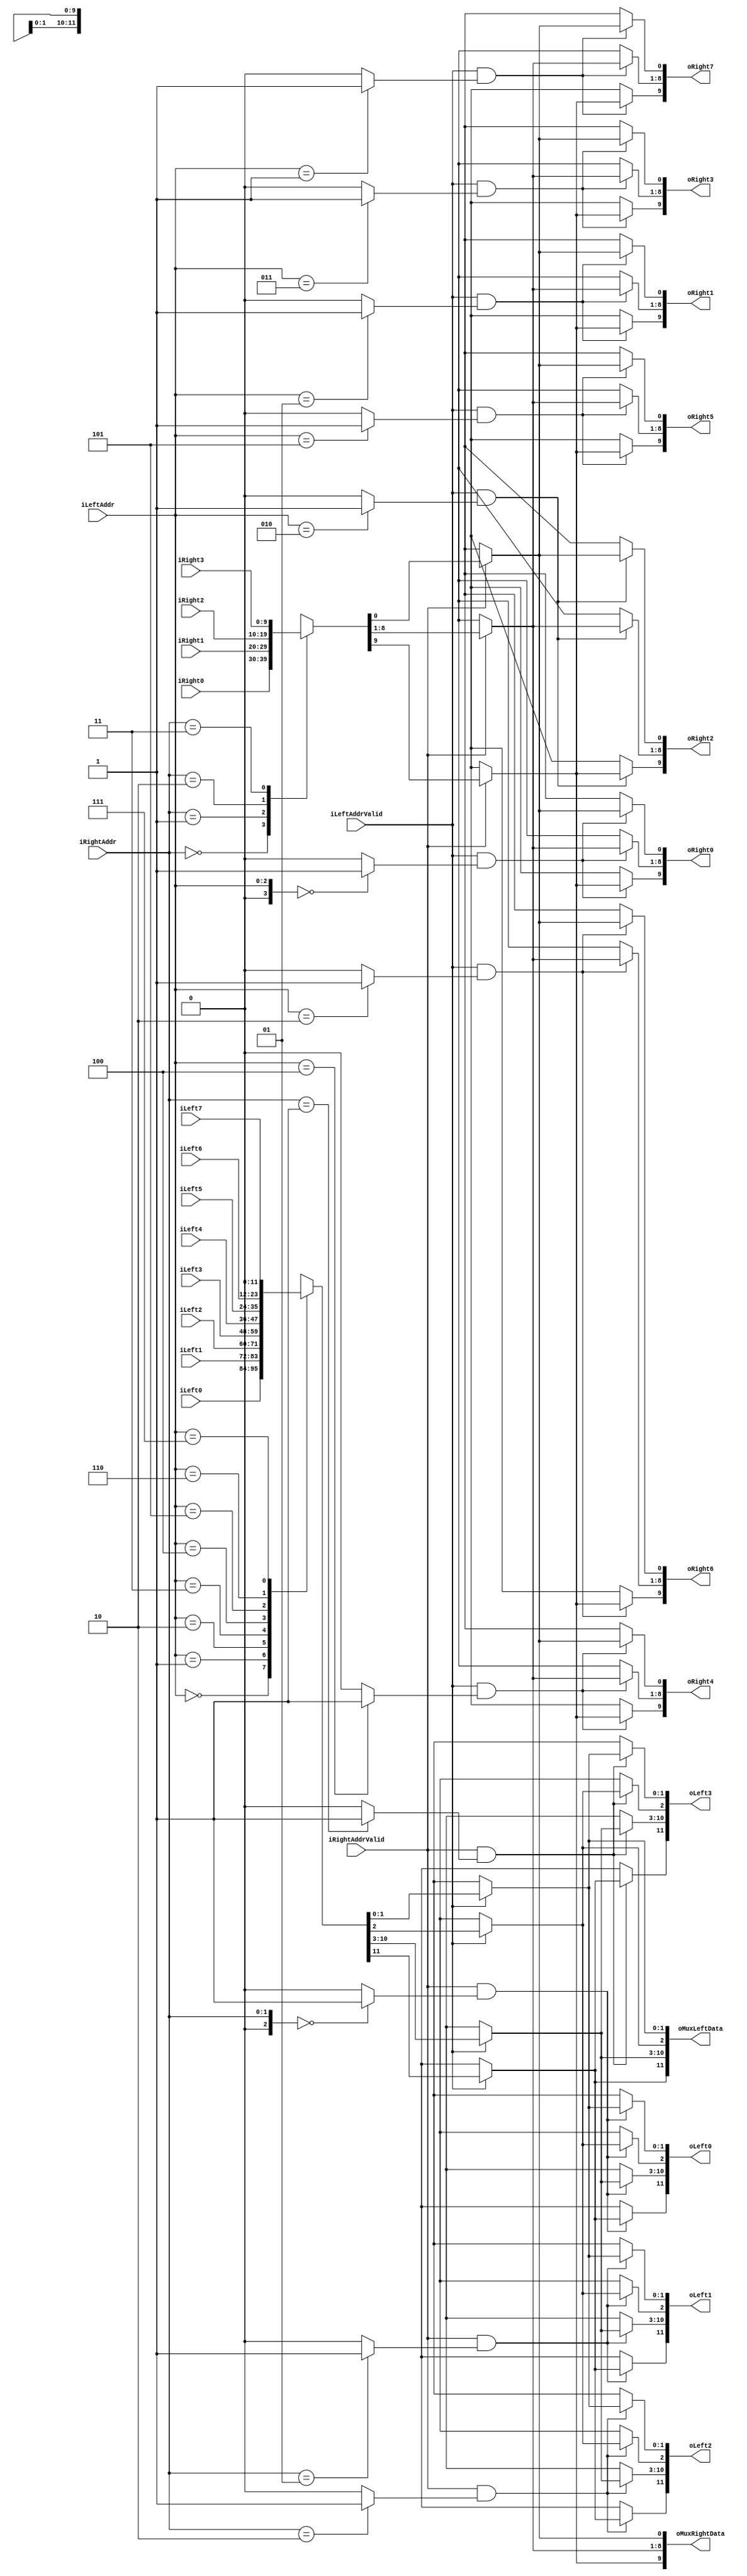
`timescale 1ns/1ps
`default_nettype none
// PLEASE READ THIS, IT MAY SAVE YOU SOME TIME AND MONEY, THANK YOU!
// * This file was generated by Quokka FPGA Toolkit.
// * Generated code is your property, do whatever you want with it
// * Place custom code between [BEGIN USER ***] and [END USER ***].
// * CAUTION: All code outside of [USER] scope is subject to regeneration.
// * Bad things happen sometimes in developer's life,
//   it is recommended to use source control management software (e.g. git, bzr etc) to keep your custom code safe'n'sound.
// * Internal structure of code is subject to change.
//   You can use some of signals in custom code, but most likely they will not exist in future (e.g. will get shorter or gone completely)
// * Please send your feedback, comments, improvement ideas etc. to evmuryshkin@gmail.com
// * Visit https://github.com/EvgenyMuryshkin/QuokkaEvaluation to access latest version of playground
//
// DISCLAIMER:
//   Code comes AS-IS, it is your responsibility to make sure it is working as expected
//   no responsibility will be taken for any loss or damage caused by use of Quokka toolkit.
//
// System configuration name is AXILikeInteconnectModule_TopLevel_DuplexMux, clock frequency is 1Hz, Embedded
// FSM summary
// -- Packages
module AXILikeInteconnectModule_TopLevel_DuplexMux
(
	// [BEGIN USER PORTS]
	// [END USER PORTS]
	input wire [11:0] iLeft0,
	input wire [11:0] iLeft1,
	input wire [11:0] iLeft2,
	input wire [11:0] iLeft3,
	input wire [11:0] iLeft4,
	input wire [11:0] iLeft5,
	input wire [11:0] iLeft6,
	input wire [11:0] iLeft7,
	input wire [2:0] iLeftAddr,
	input wire iLeftAddrValid,
	input wire [9:0] iRight0,
	input wire [9:0] iRight1,
	input wire [9:0] iRight2,
	input wire [9:0] iRight3,
	input wire [1:0] iRightAddr,
	input wire iRightAddrValid,
	output wire [11:0] oLeft0,
	output wire [11:0] oLeft1,
	output wire [11:0] oLeft2,
	output wire [11:0] oLeft3,
	output wire [11:0] oMuxLeftData,
	output wire [9:0] oMuxRightData,
	output wire [9:0] oRight0,
	output wire [9:0] oRight1,
	output wire [9:0] oRight2,
	output wire [9:0] oRight3,
	output wire [9:0] oRight4,
	output wire [9:0] oRight5,
	output wire [9:0] oRight6,
	output wire [9:0] oRight7
);
	// [BEGIN USER SIGNALS]
	// [END USER SIGNALS]
	localparam HiSignal = 1'b1;
	localparam LoSignal = 1'b0;
	wire Zero = 1'b0;
	wire One = 1'b1;
	wire true = 1'b1;
	wire false = 1'b0;
	wire signed [4: 0] leftCount = 5'b01000;
	wire signed [3: 0] rightCount = 4'b0100;
	wire FullDuplexMuxModule_L94F13L104T14_0_rightIndex = 1'b0;
	wire FullDuplexMuxModule_L94F13L104T14_1_rightIndex = 1'b1;
	wire [1: 0] FullDuplexMuxModule_L94F13L104T14_2_rightIndex = 2'b10;
	wire [1: 0] FullDuplexMuxModule_L94F13L104T14_3_rightIndex = 2'b11;
	wire FullDuplexMuxModule_L118F13L128T14_0_leftIndex = 1'b0;
	wire FullDuplexMuxModule_L118F13L128T14_1_leftIndex = 1'b1;
	wire [1: 0] FullDuplexMuxModule_L118F13L128T14_2_leftIndex = 2'b10;
	wire [1: 0] FullDuplexMuxModule_L118F13L128T14_3_leftIndex = 2'b11;
	wire [2: 0] FullDuplexMuxModule_L118F13L128T14_4_leftIndex = 3'b100;
	wire [2: 0] FullDuplexMuxModule_L118F13L128T14_5_leftIndex = 3'b101;
	wire [2: 0] FullDuplexMuxModule_L118F13L128T14_6_leftIndex = 3'b110;
	wire [2: 0] FullDuplexMuxModule_L118F13L128T14_7_leftIndex = 3'b111;
	wire [2: 0] Inputs_iLeftAddr;
	wire Inputs_iLeftAddrValid;
	wire [1: 0] Inputs_iRightAddr;
	wire Inputs_iRightAddrValid;
	reg [1: 0] mEmptyLeftData_Addr;
	reg mEmptyLeftData_IsActive;
	reg [7: 0] mEmptyLeftData_Payload_Data;
	reg mEmptyLeftData_Payload_DataFlag;
	reg mEmptyRightData_IsActive;
	reg [7: 0] mEmptyRightData_Payload_Data;
	reg mEmptyRightData_Payload_DataFlag;
	reg [1: 0] mMuxLeftData_Addr;
	reg mMuxLeftData_IsActive;
	reg [7: 0] mMuxLeftData_Payload_Data;
	reg mMuxLeftData_Payload_DataFlag;
	reg mMuxRightData_IsActive;
	reg [7: 0] mMuxRightData_Payload_Data;
	reg mMuxRightData_Payload_DataFlag;
	wire FullDuplexMuxModule_L94F13L104T14_0_FullDuplexMuxModule_L96F21T78_Expr;
	wire FullDuplexMuxModule_L94F13L104T14_0_FullDuplexMuxModule_L96F21T78_Expr_1;
	wire FullDuplexMuxModule_L94F13L104T14_0_FullDuplexMuxModule_L96F21T78_Expr_2;
	wire FullDuplexMuxModule_L94F13L104T14_1_FullDuplexMuxModule_L96F21T78_Expr;
	wire FullDuplexMuxModule_L94F13L104T14_1_FullDuplexMuxModule_L96F21T78_Expr_1;
	wire FullDuplexMuxModule_L94F13L104T14_1_FullDuplexMuxModule_L96F21T78_Expr_2;
	wire FullDuplexMuxModule_L94F13L104T14_2_FullDuplexMuxModule_L96F21T78_Expr;
	wire FullDuplexMuxModule_L94F13L104T14_2_FullDuplexMuxModule_L96F21T78_Expr_1;
	wire FullDuplexMuxModule_L94F13L104T14_2_FullDuplexMuxModule_L96F21T78_Expr_2;
	wire FullDuplexMuxModule_L94F13L104T14_3_FullDuplexMuxModule_L96F21T78_Expr;
	wire FullDuplexMuxModule_L94F13L104T14_3_FullDuplexMuxModule_L96F21T78_Expr_1;
	wire FullDuplexMuxModule_L94F13L104T14_3_FullDuplexMuxModule_L96F21T78_Expr_2;
	wire FullDuplexMuxModule_L118F13L128T14_0_FullDuplexMuxModule_L120F21T75_Expr;
	wire FullDuplexMuxModule_L118F13L128T14_0_FullDuplexMuxModule_L120F21T75_Expr_1;
	wire FullDuplexMuxModule_L118F13L128T14_0_FullDuplexMuxModule_L120F21T75_Expr_2;
	wire FullDuplexMuxModule_L118F13L128T14_1_FullDuplexMuxModule_L120F21T75_Expr;
	wire FullDuplexMuxModule_L118F13L128T14_1_FullDuplexMuxModule_L120F21T75_Expr_1;
	wire FullDuplexMuxModule_L118F13L128T14_1_FullDuplexMuxModule_L120F21T75_Expr_2;
	wire FullDuplexMuxModule_L118F13L128T14_2_FullDuplexMuxModule_L120F21T75_Expr;
	wire FullDuplexMuxModule_L118F13L128T14_2_FullDuplexMuxModule_L120F21T75_Expr_1;
	wire FullDuplexMuxModule_L118F13L128T14_2_FullDuplexMuxModule_L120F21T75_Expr_2;
	wire FullDuplexMuxModule_L118F13L128T14_3_FullDuplexMuxModule_L120F21T75_Expr;
	wire FullDuplexMuxModule_L118F13L128T14_3_FullDuplexMuxModule_L120F21T75_Expr_1;
	wire FullDuplexMuxModule_L118F13L128T14_3_FullDuplexMuxModule_L120F21T75_Expr_2;
	wire FullDuplexMuxModule_L118F13L128T14_4_FullDuplexMuxModule_L120F21T75_Expr;
	wire FullDuplexMuxModule_L118F13L128T14_4_FullDuplexMuxModule_L120F21T75_Expr_1;
	wire FullDuplexMuxModule_L118F13L128T14_4_FullDuplexMuxModule_L120F21T75_Expr_2;
	wire FullDuplexMuxModule_L118F13L128T14_5_FullDuplexMuxModule_L120F21T75_Expr;
	wire FullDuplexMuxModule_L118F13L128T14_5_FullDuplexMuxModule_L120F21T75_Expr_1;
	wire FullDuplexMuxModule_L118F13L128T14_5_FullDuplexMuxModule_L120F21T75_Expr_2;
	wire FullDuplexMuxModule_L118F13L128T14_6_FullDuplexMuxModule_L120F21T75_Expr;
	wire FullDuplexMuxModule_L118F13L128T14_6_FullDuplexMuxModule_L120F21T75_Expr_1;
	wire FullDuplexMuxModule_L118F13L128T14_6_FullDuplexMuxModule_L120F21T75_Expr_2;
	wire FullDuplexMuxModule_L118F13L128T14_7_FullDuplexMuxModule_L120F21T75_Expr;
	wire FullDuplexMuxModule_L118F13L128T14_7_FullDuplexMuxModule_L120F21T75_Expr_1;
	wire FullDuplexMuxModule_L118F13L128T14_7_FullDuplexMuxModule_L120F21T75_Expr_2;
	wire FullDuplexMuxModule_L94F13L104T14_0_FullDuplexMuxModule_L96F47T78_Expr;
	wire signed [2: 0] FullDuplexMuxModule_L94F13L104T14_0_FullDuplexMuxModule_L96F47T78_ExprLhs;
	wire signed [2: 0] FullDuplexMuxModule_L94F13L104T14_0_FullDuplexMuxModule_L96F47T78_ExprRhs;
	wire FullDuplexMuxModule_L94F13L104T14_1_FullDuplexMuxModule_L96F47T78_Expr;
	wire signed [2: 0] FullDuplexMuxModule_L94F13L104T14_1_FullDuplexMuxModule_L96F47T78_ExprLhs;
	wire signed [2: 0] FullDuplexMuxModule_L94F13L104T14_1_FullDuplexMuxModule_L96F47T78_ExprRhs;
	wire FullDuplexMuxModule_L94F13L104T14_2_FullDuplexMuxModule_L96F47T78_Expr;
	wire signed [2: 0] FullDuplexMuxModule_L94F13L104T14_2_FullDuplexMuxModule_L96F47T78_ExprLhs;
	wire signed [2: 0] FullDuplexMuxModule_L94F13L104T14_2_FullDuplexMuxModule_L96F47T78_ExprRhs;
	wire FullDuplexMuxModule_L94F13L104T14_3_FullDuplexMuxModule_L96F47T78_Expr;
	wire signed [2: 0] FullDuplexMuxModule_L94F13L104T14_3_FullDuplexMuxModule_L96F47T78_ExprLhs;
	wire signed [2: 0] FullDuplexMuxModule_L94F13L104T14_3_FullDuplexMuxModule_L96F47T78_ExprRhs;
	wire FullDuplexMuxModule_L118F13L128T14_0_FullDuplexMuxModule_L120F46T75_Expr;
	wire signed [3: 0] FullDuplexMuxModule_L118F13L128T14_0_FullDuplexMuxModule_L120F46T75_ExprLhs;
	wire signed [3: 0] FullDuplexMuxModule_L118F13L128T14_0_FullDuplexMuxModule_L120F46T75_ExprRhs;
	wire FullDuplexMuxModule_L118F13L128T14_1_FullDuplexMuxModule_L120F46T75_Expr;
	wire signed [3: 0] FullDuplexMuxModule_L118F13L128T14_1_FullDuplexMuxModule_L120F46T75_ExprLhs;
	wire signed [3: 0] FullDuplexMuxModule_L118F13L128T14_1_FullDuplexMuxModule_L120F46T75_ExprRhs;
	wire FullDuplexMuxModule_L118F13L128T14_2_FullDuplexMuxModule_L120F46T75_Expr;
	wire signed [3: 0] FullDuplexMuxModule_L118F13L128T14_2_FullDuplexMuxModule_L120F46T75_ExprLhs;
	wire signed [3: 0] FullDuplexMuxModule_L118F13L128T14_2_FullDuplexMuxModule_L120F46T75_ExprRhs;
	wire FullDuplexMuxModule_L118F13L128T14_3_FullDuplexMuxModule_L120F46T75_Expr;
	wire signed [3: 0] FullDuplexMuxModule_L118F13L128T14_3_FullDuplexMuxModule_L120F46T75_ExprLhs;
	wire signed [3: 0] FullDuplexMuxModule_L118F13L128T14_3_FullDuplexMuxModule_L120F46T75_ExprRhs;
	wire FullDuplexMuxModule_L118F13L128T14_4_FullDuplexMuxModule_L120F46T75_Expr;
	wire signed [3: 0] FullDuplexMuxModule_L118F13L128T14_4_FullDuplexMuxModule_L120F46T75_ExprLhs;
	wire signed [3: 0] FullDuplexMuxModule_L118F13L128T14_4_FullDuplexMuxModule_L120F46T75_ExprRhs;
	wire FullDuplexMuxModule_L118F13L128T14_5_FullDuplexMuxModule_L120F46T75_Expr;
	wire signed [3: 0] FullDuplexMuxModule_L118F13L128T14_5_FullDuplexMuxModule_L120F46T75_ExprLhs;
	wire signed [3: 0] FullDuplexMuxModule_L118F13L128T14_5_FullDuplexMuxModule_L120F46T75_ExprRhs;
	wire FullDuplexMuxModule_L118F13L128T14_6_FullDuplexMuxModule_L120F46T75_Expr;
	wire signed [3: 0] FullDuplexMuxModule_L118F13L128T14_6_FullDuplexMuxModule_L120F46T75_ExprLhs;
	wire signed [3: 0] FullDuplexMuxModule_L118F13L128T14_6_FullDuplexMuxModule_L120F46T75_ExprRhs;
	wire FullDuplexMuxModule_L118F13L128T14_7_FullDuplexMuxModule_L120F46T75_Expr;
	wire signed [3: 0] FullDuplexMuxModule_L118F13L128T14_7_FullDuplexMuxModule_L120F46T75_ExprLhs;
	wire signed [3: 0] FullDuplexMuxModule_L118F13L128T14_7_FullDuplexMuxModule_L120F46T75_ExprRhs;
	wire [11 : 0] Inputs_iLeft [0 : 7];
	wire [9 : 0] Inputs_iRight [0 : 3];
	reg [11 : 0] mOutLeftData [0 : 3];
	integer mOutLeftData_i;
	initial
	begin : Init_mOutLeftData
		for (mOutLeftData_i = 0; mOutLeftData_i < 4; mOutLeftData_i = mOutLeftData_i + 1)
			mOutLeftData[mOutLeftData_i] = 0;
	end
	reg [9 : 0] mOutRightData [0 : 7];
	integer mOutRightData_i;
	initial
	begin : Init_mOutRightData
		for (mOutRightData_i = 0; mOutRightData_i < 8; mOutRightData_i = mOutRightData_i + 1)
			mOutRightData[mOutRightData_i] = 0;
	end
	assign FullDuplexMuxModule_L94F13L104T14_0_FullDuplexMuxModule_L96F47T78_Expr = FullDuplexMuxModule_L94F13L104T14_0_FullDuplexMuxModule_L96F47T78_ExprLhs == FullDuplexMuxModule_L94F13L104T14_0_FullDuplexMuxModule_L96F47T78_ExprRhs ? 1'b1 : 1'b0;
	assign FullDuplexMuxModule_L94F13L104T14_1_FullDuplexMuxModule_L96F47T78_Expr = FullDuplexMuxModule_L94F13L104T14_1_FullDuplexMuxModule_L96F47T78_ExprLhs == FullDuplexMuxModule_L94F13L104T14_1_FullDuplexMuxModule_L96F47T78_ExprRhs ? 1'b1 : 1'b0;
	assign FullDuplexMuxModule_L94F13L104T14_2_FullDuplexMuxModule_L96F47T78_Expr = FullDuplexMuxModule_L94F13L104T14_2_FullDuplexMuxModule_L96F47T78_ExprLhs == FullDuplexMuxModule_L94F13L104T14_2_FullDuplexMuxModule_L96F47T78_ExprRhs ? 1'b1 : 1'b0;
	assign FullDuplexMuxModule_L94F13L104T14_3_FullDuplexMuxModule_L96F47T78_Expr = FullDuplexMuxModule_L94F13L104T14_3_FullDuplexMuxModule_L96F47T78_ExprLhs == FullDuplexMuxModule_L94F13L104T14_3_FullDuplexMuxModule_L96F47T78_ExprRhs ? 1'b1 : 1'b0;
	assign FullDuplexMuxModule_L118F13L128T14_0_FullDuplexMuxModule_L120F46T75_Expr = FullDuplexMuxModule_L118F13L128T14_0_FullDuplexMuxModule_L120F46T75_ExprLhs == FullDuplexMuxModule_L118F13L128T14_0_FullDuplexMuxModule_L120F46T75_ExprRhs ? 1'b1 : 1'b0;
	assign FullDuplexMuxModule_L118F13L128T14_1_FullDuplexMuxModule_L120F46T75_Expr = FullDuplexMuxModule_L118F13L128T14_1_FullDuplexMuxModule_L120F46T75_ExprLhs == FullDuplexMuxModule_L118F13L128T14_1_FullDuplexMuxModule_L120F46T75_ExprRhs ? 1'b1 : 1'b0;
	assign FullDuplexMuxModule_L118F13L128T14_2_FullDuplexMuxModule_L120F46T75_Expr = FullDuplexMuxModule_L118F13L128T14_2_FullDuplexMuxModule_L120F46T75_ExprLhs == FullDuplexMuxModule_L118F13L128T14_2_FullDuplexMuxModule_L120F46T75_ExprRhs ? 1'b1 : 1'b0;
	assign FullDuplexMuxModule_L118F13L128T14_3_FullDuplexMuxModule_L120F46T75_Expr = FullDuplexMuxModule_L118F13L128T14_3_FullDuplexMuxModule_L120F46T75_ExprLhs == FullDuplexMuxModule_L118F13L128T14_3_FullDuplexMuxModule_L120F46T75_ExprRhs ? 1'b1 : 1'b0;
	assign FullDuplexMuxModule_L118F13L128T14_4_FullDuplexMuxModule_L120F46T75_Expr = FullDuplexMuxModule_L118F13L128T14_4_FullDuplexMuxModule_L120F46T75_ExprLhs == FullDuplexMuxModule_L118F13L128T14_4_FullDuplexMuxModule_L120F46T75_ExprRhs ? 1'b1 : 1'b0;
	assign FullDuplexMuxModule_L118F13L128T14_5_FullDuplexMuxModule_L120F46T75_Expr = FullDuplexMuxModule_L118F13L128T14_5_FullDuplexMuxModule_L120F46T75_ExprLhs == FullDuplexMuxModule_L118F13L128T14_5_FullDuplexMuxModule_L120F46T75_ExprRhs ? 1'b1 : 1'b0;
	assign FullDuplexMuxModule_L118F13L128T14_6_FullDuplexMuxModule_L120F46T75_Expr = FullDuplexMuxModule_L118F13L128T14_6_FullDuplexMuxModule_L120F46T75_ExprLhs == FullDuplexMuxModule_L118F13L128T14_6_FullDuplexMuxModule_L120F46T75_ExprRhs ? 1'b1 : 1'b0;
	assign FullDuplexMuxModule_L118F13L128T14_7_FullDuplexMuxModule_L120F46T75_Expr = FullDuplexMuxModule_L118F13L128T14_7_FullDuplexMuxModule_L120F46T75_ExprLhs == FullDuplexMuxModule_L118F13L128T14_7_FullDuplexMuxModule_L120F46T75_ExprRhs ? 1'b1 : 1'b0;
	assign FullDuplexMuxModule_L94F13L104T14_0_FullDuplexMuxModule_L96F21T78_Expr = FullDuplexMuxModule_L94F13L104T14_0_FullDuplexMuxModule_L96F21T78_Expr_1 & FullDuplexMuxModule_L94F13L104T14_0_FullDuplexMuxModule_L96F21T78_Expr_2;
	assign FullDuplexMuxModule_L94F13L104T14_1_FullDuplexMuxModule_L96F21T78_Expr = FullDuplexMuxModule_L94F13L104T14_1_FullDuplexMuxModule_L96F21T78_Expr_1 & FullDuplexMuxModule_L94F13L104T14_1_FullDuplexMuxModule_L96F21T78_Expr_2;
	assign FullDuplexMuxModule_L94F13L104T14_2_FullDuplexMuxModule_L96F21T78_Expr = FullDuplexMuxModule_L94F13L104T14_2_FullDuplexMuxModule_L96F21T78_Expr_1 & FullDuplexMuxModule_L94F13L104T14_2_FullDuplexMuxModule_L96F21T78_Expr_2;
	assign FullDuplexMuxModule_L94F13L104T14_3_FullDuplexMuxModule_L96F21T78_Expr = FullDuplexMuxModule_L94F13L104T14_3_FullDuplexMuxModule_L96F21T78_Expr_1 & FullDuplexMuxModule_L94F13L104T14_3_FullDuplexMuxModule_L96F21T78_Expr_2;
	assign FullDuplexMuxModule_L118F13L128T14_0_FullDuplexMuxModule_L120F21T75_Expr = FullDuplexMuxModule_L118F13L128T14_0_FullDuplexMuxModule_L120F21T75_Expr_1 & FullDuplexMuxModule_L118F13L128T14_0_FullDuplexMuxModule_L120F21T75_Expr_2;
	assign FullDuplexMuxModule_L118F13L128T14_1_FullDuplexMuxModule_L120F21T75_Expr = FullDuplexMuxModule_L118F13L128T14_1_FullDuplexMuxModule_L120F21T75_Expr_1 & FullDuplexMuxModule_L118F13L128T14_1_FullDuplexMuxModule_L120F21T75_Expr_2;
	assign FullDuplexMuxModule_L118F13L128T14_2_FullDuplexMuxModule_L120F21T75_Expr = FullDuplexMuxModule_L118F13L128T14_2_FullDuplexMuxModule_L120F21T75_Expr_1 & FullDuplexMuxModule_L118F13L128T14_2_FullDuplexMuxModule_L120F21T75_Expr_2;
	assign FullDuplexMuxModule_L118F13L128T14_3_FullDuplexMuxModule_L120F21T75_Expr = FullDuplexMuxModule_L118F13L128T14_3_FullDuplexMuxModule_L120F21T75_Expr_1 & FullDuplexMuxModule_L118F13L128T14_3_FullDuplexMuxModule_L120F21T75_Expr_2;
	assign FullDuplexMuxModule_L118F13L128T14_4_FullDuplexMuxModule_L120F21T75_Expr = FullDuplexMuxModule_L118F13L128T14_4_FullDuplexMuxModule_L120F21T75_Expr_1 & FullDuplexMuxModule_L118F13L128T14_4_FullDuplexMuxModule_L120F21T75_Expr_2;
	assign FullDuplexMuxModule_L118F13L128T14_5_FullDuplexMuxModule_L120F21T75_Expr = FullDuplexMuxModule_L118F13L128T14_5_FullDuplexMuxModule_L120F21T75_Expr_1 & FullDuplexMuxModule_L118F13L128T14_5_FullDuplexMuxModule_L120F21T75_Expr_2;
	assign FullDuplexMuxModule_L118F13L128T14_6_FullDuplexMuxModule_L120F21T75_Expr = FullDuplexMuxModule_L118F13L128T14_6_FullDuplexMuxModule_L120F21T75_Expr_1 & FullDuplexMuxModule_L118F13L128T14_6_FullDuplexMuxModule_L120F21T75_Expr_2;
	assign FullDuplexMuxModule_L118F13L128T14_7_FullDuplexMuxModule_L120F21T75_Expr = FullDuplexMuxModule_L118F13L128T14_7_FullDuplexMuxModule_L120F21T75_Expr_1 & FullDuplexMuxModule_L118F13L128T14_7_FullDuplexMuxModule_L120F21T75_Expr_2;
	always @ (*)
	begin
		if ((Inputs_iLeftAddrValid == 1))
		begin
			mMuxLeftData_Payload_DataFlag = Inputs_iLeft[Inputs_iLeftAddr][11];
			mMuxLeftData_Payload_Data = Inputs_iLeft[Inputs_iLeftAddr][10:3];
			mMuxLeftData_IsActive = Inputs_iLeft[Inputs_iLeftAddr][2];
			mMuxLeftData_Addr = Inputs_iLeft[Inputs_iLeftAddr][1:0];
		end
		else
		begin
			mMuxLeftData_Addr = mEmptyLeftData_Addr;
			mMuxLeftData_IsActive = mEmptyLeftData_IsActive;
			mMuxLeftData_Payload_Data = mEmptyLeftData_Payload_Data;
			mMuxLeftData_Payload_DataFlag = mEmptyLeftData_Payload_DataFlag;
		end
	end
	always @ (*)
	begin
		if ((FullDuplexMuxModule_L94F13L104T14_0_FullDuplexMuxModule_L96F21T78_Expr == 1))
		begin
			mOutLeftData[0][11] = mMuxLeftData_Payload_DataFlag;
			mOutLeftData[0][10:3] = mMuxLeftData_Payload_Data;
			mOutLeftData[0][2] = mMuxLeftData_IsActive;
			mOutLeftData[0][1:0] = mMuxLeftData_Addr;
		end
		else
		begin
			mOutLeftData[0][11] = mEmptyLeftData_Payload_DataFlag;
			mOutLeftData[0][10:3] = mEmptyLeftData_Payload_Data;
			mOutLeftData[0][2] = mEmptyLeftData_IsActive;
			mOutLeftData[0][1:0] = mEmptyLeftData_Addr;
		end
	end
	always @ (*)
	begin
		if ((FullDuplexMuxModule_L94F13L104T14_1_FullDuplexMuxModule_L96F21T78_Expr == 1))
		begin
			mOutLeftData[1][11] = mMuxLeftData_Payload_DataFlag;
			mOutLeftData[1][10:3] = mMuxLeftData_Payload_Data;
			mOutLeftData[1][2] = mMuxLeftData_IsActive;
			mOutLeftData[1][1:0] = mMuxLeftData_Addr;
		end
		else
		begin
			mOutLeftData[1][11] = mEmptyLeftData_Payload_DataFlag;
			mOutLeftData[1][10:3] = mEmptyLeftData_Payload_Data;
			mOutLeftData[1][2] = mEmptyLeftData_IsActive;
			mOutLeftData[1][1:0] = mEmptyLeftData_Addr;
		end
	end
	always @ (*)
	begin
		if ((FullDuplexMuxModule_L94F13L104T14_2_FullDuplexMuxModule_L96F21T78_Expr == 1))
		begin
			mOutLeftData[2][11] = mMuxLeftData_Payload_DataFlag;
			mOutLeftData[2][10:3] = mMuxLeftData_Payload_Data;
			mOutLeftData[2][2] = mMuxLeftData_IsActive;
			mOutLeftData[2][1:0] = mMuxLeftData_Addr;
		end
		else
		begin
			mOutLeftData[2][11] = mEmptyLeftData_Payload_DataFlag;
			mOutLeftData[2][10:3] = mEmptyLeftData_Payload_Data;
			mOutLeftData[2][2] = mEmptyLeftData_IsActive;
			mOutLeftData[2][1:0] = mEmptyLeftData_Addr;
		end
	end
	always @ (*)
	begin
		if ((FullDuplexMuxModule_L94F13L104T14_3_FullDuplexMuxModule_L96F21T78_Expr == 1))
		begin
			mOutLeftData[3][11] = mMuxLeftData_Payload_DataFlag;
			mOutLeftData[3][10:3] = mMuxLeftData_Payload_Data;
			mOutLeftData[3][2] = mMuxLeftData_IsActive;
			mOutLeftData[3][1:0] = mMuxLeftData_Addr;
		end
		else
		begin
			mOutLeftData[3][11] = mEmptyLeftData_Payload_DataFlag;
			mOutLeftData[3][10:3] = mEmptyLeftData_Payload_Data;
			mOutLeftData[3][2] = mEmptyLeftData_IsActive;
			mOutLeftData[3][1:0] = mEmptyLeftData_Addr;
		end
	end
	always @ (*)
	begin
		if ((Inputs_iRightAddrValid == 1))
		begin
			mMuxRightData_Payload_DataFlag = Inputs_iRight[Inputs_iRightAddr][9];
			mMuxRightData_Payload_Data = Inputs_iRight[Inputs_iRightAddr][8:1];
			mMuxRightData_IsActive = Inputs_iRight[Inputs_iRightAddr][0];
		end
		else
		begin
			mMuxRightData_IsActive = mEmptyRightData_IsActive;
			mMuxRightData_Payload_Data = mEmptyRightData_Payload_Data;
			mMuxRightData_Payload_DataFlag = mEmptyRightData_Payload_DataFlag;
		end
	end
	always @ (*)
	begin
		if ((FullDuplexMuxModule_L118F13L128T14_0_FullDuplexMuxModule_L120F21T75_Expr == 1))
		begin
			mOutRightData[0][9] = mMuxRightData_Payload_DataFlag;
			mOutRightData[0][8:1] = mMuxRightData_Payload_Data;
			mOutRightData[0][0] = mMuxRightData_IsActive;
		end
		else
		begin
			mOutRightData[0][9] = mEmptyRightData_Payload_DataFlag;
			mOutRightData[0][8:1] = mEmptyRightData_Payload_Data;
			mOutRightData[0][0] = mEmptyRightData_IsActive;
		end
	end
	always @ (*)
	begin
		if ((FullDuplexMuxModule_L118F13L128T14_1_FullDuplexMuxModule_L120F21T75_Expr == 1))
		begin
			mOutRightData[1][9] = mMuxRightData_Payload_DataFlag;
			mOutRightData[1][8:1] = mMuxRightData_Payload_Data;
			mOutRightData[1][0] = mMuxRightData_IsActive;
		end
		else
		begin
			mOutRightData[1][9] = mEmptyRightData_Payload_DataFlag;
			mOutRightData[1][8:1] = mEmptyRightData_Payload_Data;
			mOutRightData[1][0] = mEmptyRightData_IsActive;
		end
	end
	always @ (*)
	begin
		if ((FullDuplexMuxModule_L118F13L128T14_2_FullDuplexMuxModule_L120F21T75_Expr == 1))
		begin
			mOutRightData[2][9] = mMuxRightData_Payload_DataFlag;
			mOutRightData[2][8:1] = mMuxRightData_Payload_Data;
			mOutRightData[2][0] = mMuxRightData_IsActive;
		end
		else
		begin
			mOutRightData[2][9] = mEmptyRightData_Payload_DataFlag;
			mOutRightData[2][8:1] = mEmptyRightData_Payload_Data;
			mOutRightData[2][0] = mEmptyRightData_IsActive;
		end
	end
	always @ (*)
	begin
		if ((FullDuplexMuxModule_L118F13L128T14_3_FullDuplexMuxModule_L120F21T75_Expr == 1))
		begin
			mOutRightData[3][9] = mMuxRightData_Payload_DataFlag;
			mOutRightData[3][8:1] = mMuxRightData_Payload_Data;
			mOutRightData[3][0] = mMuxRightData_IsActive;
		end
		else
		begin
			mOutRightData[3][9] = mEmptyRightData_Payload_DataFlag;
			mOutRightData[3][8:1] = mEmptyRightData_Payload_Data;
			mOutRightData[3][0] = mEmptyRightData_IsActive;
		end
	end
	always @ (*)
	begin
		if ((FullDuplexMuxModule_L118F13L128T14_4_FullDuplexMuxModule_L120F21T75_Expr == 1))
		begin
			mOutRightData[4][9] = mMuxRightData_Payload_DataFlag;
			mOutRightData[4][8:1] = mMuxRightData_Payload_Data;
			mOutRightData[4][0] = mMuxRightData_IsActive;
		end
		else
		begin
			mOutRightData[4][9] = mEmptyRightData_Payload_DataFlag;
			mOutRightData[4][8:1] = mEmptyRightData_Payload_Data;
			mOutRightData[4][0] = mEmptyRightData_IsActive;
		end
	end
	always @ (*)
	begin
		if ((FullDuplexMuxModule_L118F13L128T14_5_FullDuplexMuxModule_L120F21T75_Expr == 1))
		begin
			mOutRightData[5][9] = mMuxRightData_Payload_DataFlag;
			mOutRightData[5][8:1] = mMuxRightData_Payload_Data;
			mOutRightData[5][0] = mMuxRightData_IsActive;
		end
		else
		begin
			mOutRightData[5][9] = mEmptyRightData_Payload_DataFlag;
			mOutRightData[5][8:1] = mEmptyRightData_Payload_Data;
			mOutRightData[5][0] = mEmptyRightData_IsActive;
		end
	end
	always @ (*)
	begin
		if ((FullDuplexMuxModule_L118F13L128T14_6_FullDuplexMuxModule_L120F21T75_Expr == 1))
		begin
			mOutRightData[6][9] = mMuxRightData_Payload_DataFlag;
			mOutRightData[6][8:1] = mMuxRightData_Payload_Data;
			mOutRightData[6][0] = mMuxRightData_IsActive;
		end
		else
		begin
			mOutRightData[6][9] = mEmptyRightData_Payload_DataFlag;
			mOutRightData[6][8:1] = mEmptyRightData_Payload_Data;
			mOutRightData[6][0] = mEmptyRightData_IsActive;
		end
	end
	always @ (*)
	begin
		if ((FullDuplexMuxModule_L118F13L128T14_7_FullDuplexMuxModule_L120F21T75_Expr == 1))
		begin
			mOutRightData[7][9] = mMuxRightData_Payload_DataFlag;
			mOutRightData[7][8:1] = mMuxRightData_Payload_Data;
			mOutRightData[7][0] = mMuxRightData_IsActive;
		end
		else
		begin
			mOutRightData[7][9] = mEmptyRightData_Payload_DataFlag;
			mOutRightData[7][8:1] = mEmptyRightData_Payload_Data;
			mOutRightData[7][0] = mEmptyRightData_IsActive;
		end
	end
	assign FullDuplexMuxModule_L94F13L104T14_0_FullDuplexMuxModule_L96F47T78_ExprLhs = {
		1'b0,
		Inputs_iRightAddr
	}
	;
	assign FullDuplexMuxModule_L94F13L104T14_0_FullDuplexMuxModule_L96F47T78_ExprRhs = {
		{2{1'b0}},
		FullDuplexMuxModule_L94F13L104T14_0_rightIndex
	}
	;
	assign FullDuplexMuxModule_L94F13L104T14_1_FullDuplexMuxModule_L96F47T78_ExprLhs = {
		1'b0,
		Inputs_iRightAddr
	}
	;
	assign FullDuplexMuxModule_L94F13L104T14_1_FullDuplexMuxModule_L96F47T78_ExprRhs = {
		{2{1'b0}},
		FullDuplexMuxModule_L94F13L104T14_1_rightIndex
	}
	;
	assign FullDuplexMuxModule_L94F13L104T14_2_FullDuplexMuxModule_L96F47T78_ExprLhs = {
		1'b0,
		Inputs_iRightAddr
	}
	;
	assign FullDuplexMuxModule_L94F13L104T14_2_FullDuplexMuxModule_L96F47T78_ExprRhs = {
		1'b0,
		FullDuplexMuxModule_L94F13L104T14_2_rightIndex
	}
	;
	assign FullDuplexMuxModule_L94F13L104T14_3_FullDuplexMuxModule_L96F47T78_ExprLhs = {
		1'b0,
		Inputs_iRightAddr
	}
	;
	assign FullDuplexMuxModule_L94F13L104T14_3_FullDuplexMuxModule_L96F47T78_ExprRhs = {
		1'b0,
		FullDuplexMuxModule_L94F13L104T14_3_rightIndex
	}
	;
	assign FullDuplexMuxModule_L118F13L128T14_0_FullDuplexMuxModule_L120F46T75_ExprLhs = {
		1'b0,
		Inputs_iLeftAddr
	}
	;
	assign FullDuplexMuxModule_L118F13L128T14_0_FullDuplexMuxModule_L120F46T75_ExprRhs = {
		{3{1'b0}},
		FullDuplexMuxModule_L118F13L128T14_0_leftIndex
	}
	;
	assign FullDuplexMuxModule_L118F13L128T14_1_FullDuplexMuxModule_L120F46T75_ExprLhs = {
		1'b0,
		Inputs_iLeftAddr
	}
	;
	assign FullDuplexMuxModule_L118F13L128T14_1_FullDuplexMuxModule_L120F46T75_ExprRhs = {
		{3{1'b0}},
		FullDuplexMuxModule_L118F13L128T14_1_leftIndex
	}
	;
	assign FullDuplexMuxModule_L118F13L128T14_2_FullDuplexMuxModule_L120F46T75_ExprLhs = {
		1'b0,
		Inputs_iLeftAddr
	}
	;
	assign FullDuplexMuxModule_L118F13L128T14_2_FullDuplexMuxModule_L120F46T75_ExprRhs = {
		{2{1'b0}},
		FullDuplexMuxModule_L118F13L128T14_2_leftIndex
	}
	;
	assign FullDuplexMuxModule_L118F13L128T14_3_FullDuplexMuxModule_L120F46T75_ExprLhs = {
		1'b0,
		Inputs_iLeftAddr
	}
	;
	assign FullDuplexMuxModule_L118F13L128T14_3_FullDuplexMuxModule_L120F46T75_ExprRhs = {
		{2{1'b0}},
		FullDuplexMuxModule_L118F13L128T14_3_leftIndex
	}
	;
	assign FullDuplexMuxModule_L118F13L128T14_4_FullDuplexMuxModule_L120F46T75_ExprLhs = {
		1'b0,
		Inputs_iLeftAddr
	}
	;
	assign FullDuplexMuxModule_L118F13L128T14_4_FullDuplexMuxModule_L120F46T75_ExprRhs = {
		1'b0,
		FullDuplexMuxModule_L118F13L128T14_4_leftIndex
	}
	;
	assign FullDuplexMuxModule_L118F13L128T14_5_FullDuplexMuxModule_L120F46T75_ExprLhs = {
		1'b0,
		Inputs_iLeftAddr
	}
	;
	assign FullDuplexMuxModule_L118F13L128T14_5_FullDuplexMuxModule_L120F46T75_ExprRhs = {
		1'b0,
		FullDuplexMuxModule_L118F13L128T14_5_leftIndex
	}
	;
	assign FullDuplexMuxModule_L118F13L128T14_6_FullDuplexMuxModule_L120F46T75_ExprLhs = {
		1'b0,
		Inputs_iLeftAddr
	}
	;
	assign FullDuplexMuxModule_L118F13L128T14_6_FullDuplexMuxModule_L120F46T75_ExprRhs = {
		1'b0,
		FullDuplexMuxModule_L118F13L128T14_6_leftIndex
	}
	;
	assign FullDuplexMuxModule_L118F13L128T14_7_FullDuplexMuxModule_L120F46T75_ExprLhs = {
		1'b0,
		Inputs_iLeftAddr
	}
	;
	assign FullDuplexMuxModule_L118F13L128T14_7_FullDuplexMuxModule_L120F46T75_ExprRhs = {
		1'b0,
		FullDuplexMuxModule_L118F13L128T14_7_leftIndex
	}
	;
	assign FullDuplexMuxModule_L94F13L104T14_0_FullDuplexMuxModule_L96F21T78_Expr_1 = Inputs_iRightAddrValid;
	assign FullDuplexMuxModule_L94F13L104T14_0_FullDuplexMuxModule_L96F21T78_Expr_2 = FullDuplexMuxModule_L94F13L104T14_0_FullDuplexMuxModule_L96F47T78_Expr;
	assign FullDuplexMuxModule_L94F13L104T14_1_FullDuplexMuxModule_L96F21T78_Expr_1 = Inputs_iRightAddrValid;
	assign FullDuplexMuxModule_L94F13L104T14_1_FullDuplexMuxModule_L96F21T78_Expr_2 = FullDuplexMuxModule_L94F13L104T14_1_FullDuplexMuxModule_L96F47T78_Expr;
	assign FullDuplexMuxModule_L94F13L104T14_2_FullDuplexMuxModule_L96F21T78_Expr_1 = Inputs_iRightAddrValid;
	assign FullDuplexMuxModule_L94F13L104T14_2_FullDuplexMuxModule_L96F21T78_Expr_2 = FullDuplexMuxModule_L94F13L104T14_2_FullDuplexMuxModule_L96F47T78_Expr;
	assign FullDuplexMuxModule_L94F13L104T14_3_FullDuplexMuxModule_L96F21T78_Expr_1 = Inputs_iRightAddrValid;
	assign FullDuplexMuxModule_L94F13L104T14_3_FullDuplexMuxModule_L96F21T78_Expr_2 = FullDuplexMuxModule_L94F13L104T14_3_FullDuplexMuxModule_L96F47T78_Expr;
	assign FullDuplexMuxModule_L118F13L128T14_0_FullDuplexMuxModule_L120F21T75_Expr_1 = Inputs_iLeftAddrValid;
	assign FullDuplexMuxModule_L118F13L128T14_0_FullDuplexMuxModule_L120F21T75_Expr_2 = FullDuplexMuxModule_L118F13L128T14_0_FullDuplexMuxModule_L120F46T75_Expr;
	assign FullDuplexMuxModule_L118F13L128T14_1_FullDuplexMuxModule_L120F21T75_Expr_1 = Inputs_iLeftAddrValid;
	assign FullDuplexMuxModule_L118F13L128T14_1_FullDuplexMuxModule_L120F21T75_Expr_2 = FullDuplexMuxModule_L118F13L128T14_1_FullDuplexMuxModule_L120F46T75_Expr;
	assign FullDuplexMuxModule_L118F13L128T14_2_FullDuplexMuxModule_L120F21T75_Expr_1 = Inputs_iLeftAddrValid;
	assign FullDuplexMuxModule_L118F13L128T14_2_FullDuplexMuxModule_L120F21T75_Expr_2 = FullDuplexMuxModule_L118F13L128T14_2_FullDuplexMuxModule_L120F46T75_Expr;
	assign FullDuplexMuxModule_L118F13L128T14_3_FullDuplexMuxModule_L120F21T75_Expr_1 = Inputs_iLeftAddrValid;
	assign FullDuplexMuxModule_L118F13L128T14_3_FullDuplexMuxModule_L120F21T75_Expr_2 = FullDuplexMuxModule_L118F13L128T14_3_FullDuplexMuxModule_L120F46T75_Expr;
	assign FullDuplexMuxModule_L118F13L128T14_4_FullDuplexMuxModule_L120F21T75_Expr_1 = Inputs_iLeftAddrValid;
	assign FullDuplexMuxModule_L118F13L128T14_4_FullDuplexMuxModule_L120F21T75_Expr_2 = FullDuplexMuxModule_L118F13L128T14_4_FullDuplexMuxModule_L120F46T75_Expr;
	assign FullDuplexMuxModule_L118F13L128T14_5_FullDuplexMuxModule_L120F21T75_Expr_1 = Inputs_iLeftAddrValid;
	assign FullDuplexMuxModule_L118F13L128T14_5_FullDuplexMuxModule_L120F21T75_Expr_2 = FullDuplexMuxModule_L118F13L128T14_5_FullDuplexMuxModule_L120F46T75_Expr;
	assign FullDuplexMuxModule_L118F13L128T14_6_FullDuplexMuxModule_L120F21T75_Expr_1 = Inputs_iLeftAddrValid;
	assign FullDuplexMuxModule_L118F13L128T14_6_FullDuplexMuxModule_L120F21T75_Expr_2 = FullDuplexMuxModule_L118F13L128T14_6_FullDuplexMuxModule_L120F46T75_Expr;
	assign FullDuplexMuxModule_L118F13L128T14_7_FullDuplexMuxModule_L120F21T75_Expr_1 = Inputs_iLeftAddrValid;
	assign FullDuplexMuxModule_L118F13L128T14_7_FullDuplexMuxModule_L120F21T75_Expr_2 = FullDuplexMuxModule_L118F13L128T14_7_FullDuplexMuxModule_L120F46T75_Expr;
	assign Inputs_iLeft[0] = iLeft0;
	assign Inputs_iLeft[1] = iLeft1;
	assign Inputs_iLeft[2] = iLeft2;
	assign Inputs_iLeft[3] = iLeft3;
	assign Inputs_iLeft[4] = iLeft4;
	assign Inputs_iLeft[5] = iLeft5;
	assign Inputs_iLeft[6] = iLeft6;
	assign Inputs_iLeft[7] = iLeft7;
	assign Inputs_iLeftAddr = iLeftAddr;
	assign Inputs_iLeftAddrValid = iLeftAddrValid;
	assign Inputs_iRight[0] = iRight0;
	assign Inputs_iRight[1] = iRight1;
	assign Inputs_iRight[2] = iRight2;
	assign Inputs_iRight[3] = iRight3;
	assign Inputs_iRightAddr = iRightAddr;
	assign Inputs_iRightAddrValid = iRightAddrValid;
	assign oLeft0 = mOutLeftData[0];
	assign oLeft1 = mOutLeftData[1];
	assign oLeft2 = mOutLeftData[2];
	assign oLeft3 = mOutLeftData[3];
	assign oMuxLeftData[11] = mMuxLeftData_Payload_DataFlag;
	assign oMuxLeftData[10:3] = mMuxLeftData_Payload_Data;
	assign oMuxLeftData[2] = mMuxLeftData_IsActive;
	assign oMuxLeftData[1:0] = mMuxLeftData_Addr;
	assign oMuxRightData[9] = mMuxRightData_Payload_DataFlag;
	assign oMuxRightData[8:1] = mMuxRightData_Payload_Data;
	assign oMuxRightData[0] = mMuxRightData_IsActive;
	assign oRight0 = mOutRightData[0];
	assign oRight1 = mOutRightData[1];
	assign oRight2 = mOutRightData[2];
	assign oRight3 = mOutRightData[3];
	assign oRight4 = mOutRightData[4];
	assign oRight5 = mOutRightData[5];
	assign oRight6 = mOutRightData[6];
	assign oRight7 = mOutRightData[7];
	// [BEGIN USER ARCHITECTURE]
	// [END USER ARCHITECTURE]
endmodule